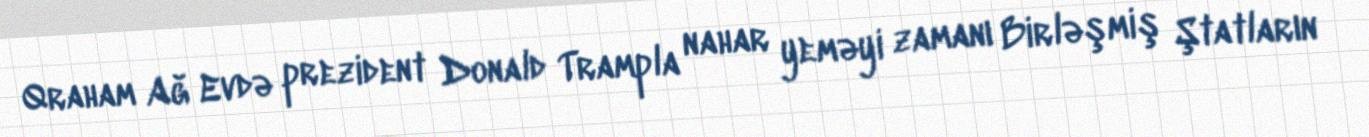
Qraham Ağ Evdə prezident Donald Trampla nahar yeməyi zamanı Birləşmiş Ştatların